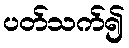
ပတ်သက်၍